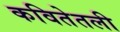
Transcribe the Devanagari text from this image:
कवितेतली